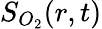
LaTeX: S_{O_{2}}(r,t)